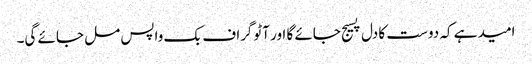
امید ہے کہ دوست کا دل پسیج جائے گا اور آٹوگراف بک واپس مل جائے گی۔